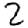
Digit: 2